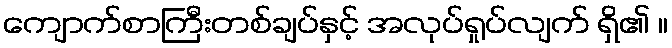
ကျောက်စာကြီးတစ်ချပ်နှင့် အလုပ်ရှုပ်လျက် ရှိ၏ ။